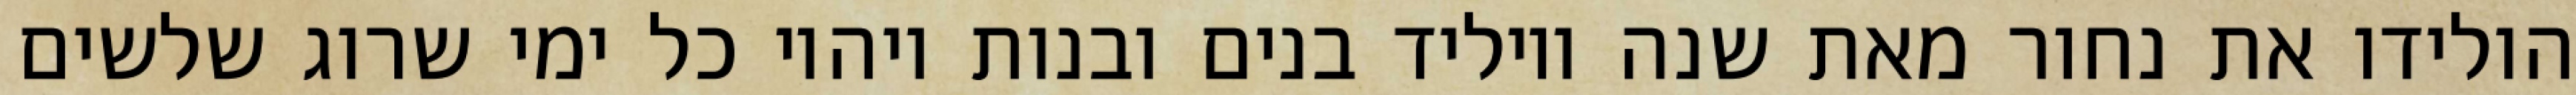
הולידו את נחור מאת שנה ויוליד בנים ובנות ויהיו כל ימי שרוג שלשים